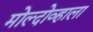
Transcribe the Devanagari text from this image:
मोल्दोव्हाला